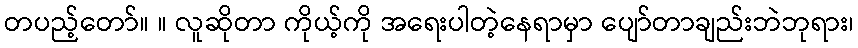
တပည့်တော်။ ။ လူဆိုတာ ကိုယ့်ကို အရေးပါတဲ့နေရာမှာ ပျော်တာချည်းဘဲဘုရား၊